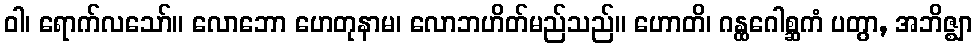
ဝါ၊ ရောက်လသော်။ လောဘော ဟေတုနာမ၊ လောဘဟိတ်မည်သည်။ ဟောတိ၊ ဂန္ထဂေါစ္ဆကံ ပတွာ, အဘိဇ္ဈာ